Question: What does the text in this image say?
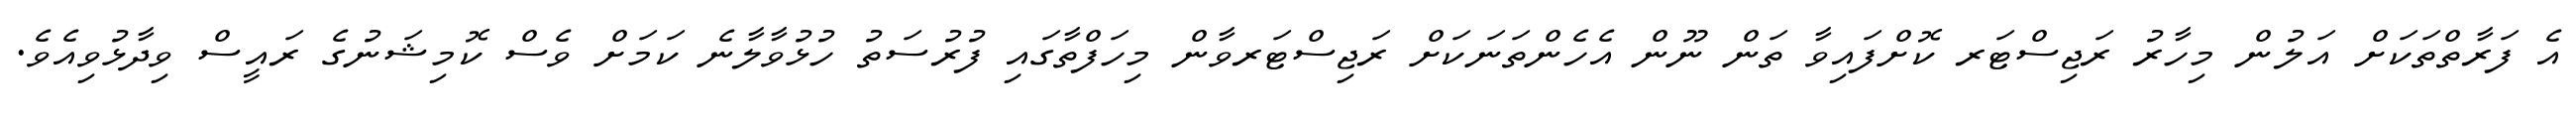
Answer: އެ ފަރާތްތަކަށް އަލުން މިހާރު ރަޖިސްޓަރ ކޮށްފައިވާ ތަން ނޫން އެހެންތަނަކަށް ރަޖިސްޓަރވާން މިހަފްތާގައި ފުރުސަތު ހުޅުވާލާނެ ކަމަށް ވެސް ކޮމިޝަނުގެ ރައީސް ވިދާޅުވިއެވެ.